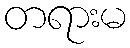
တရားမ